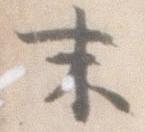
末